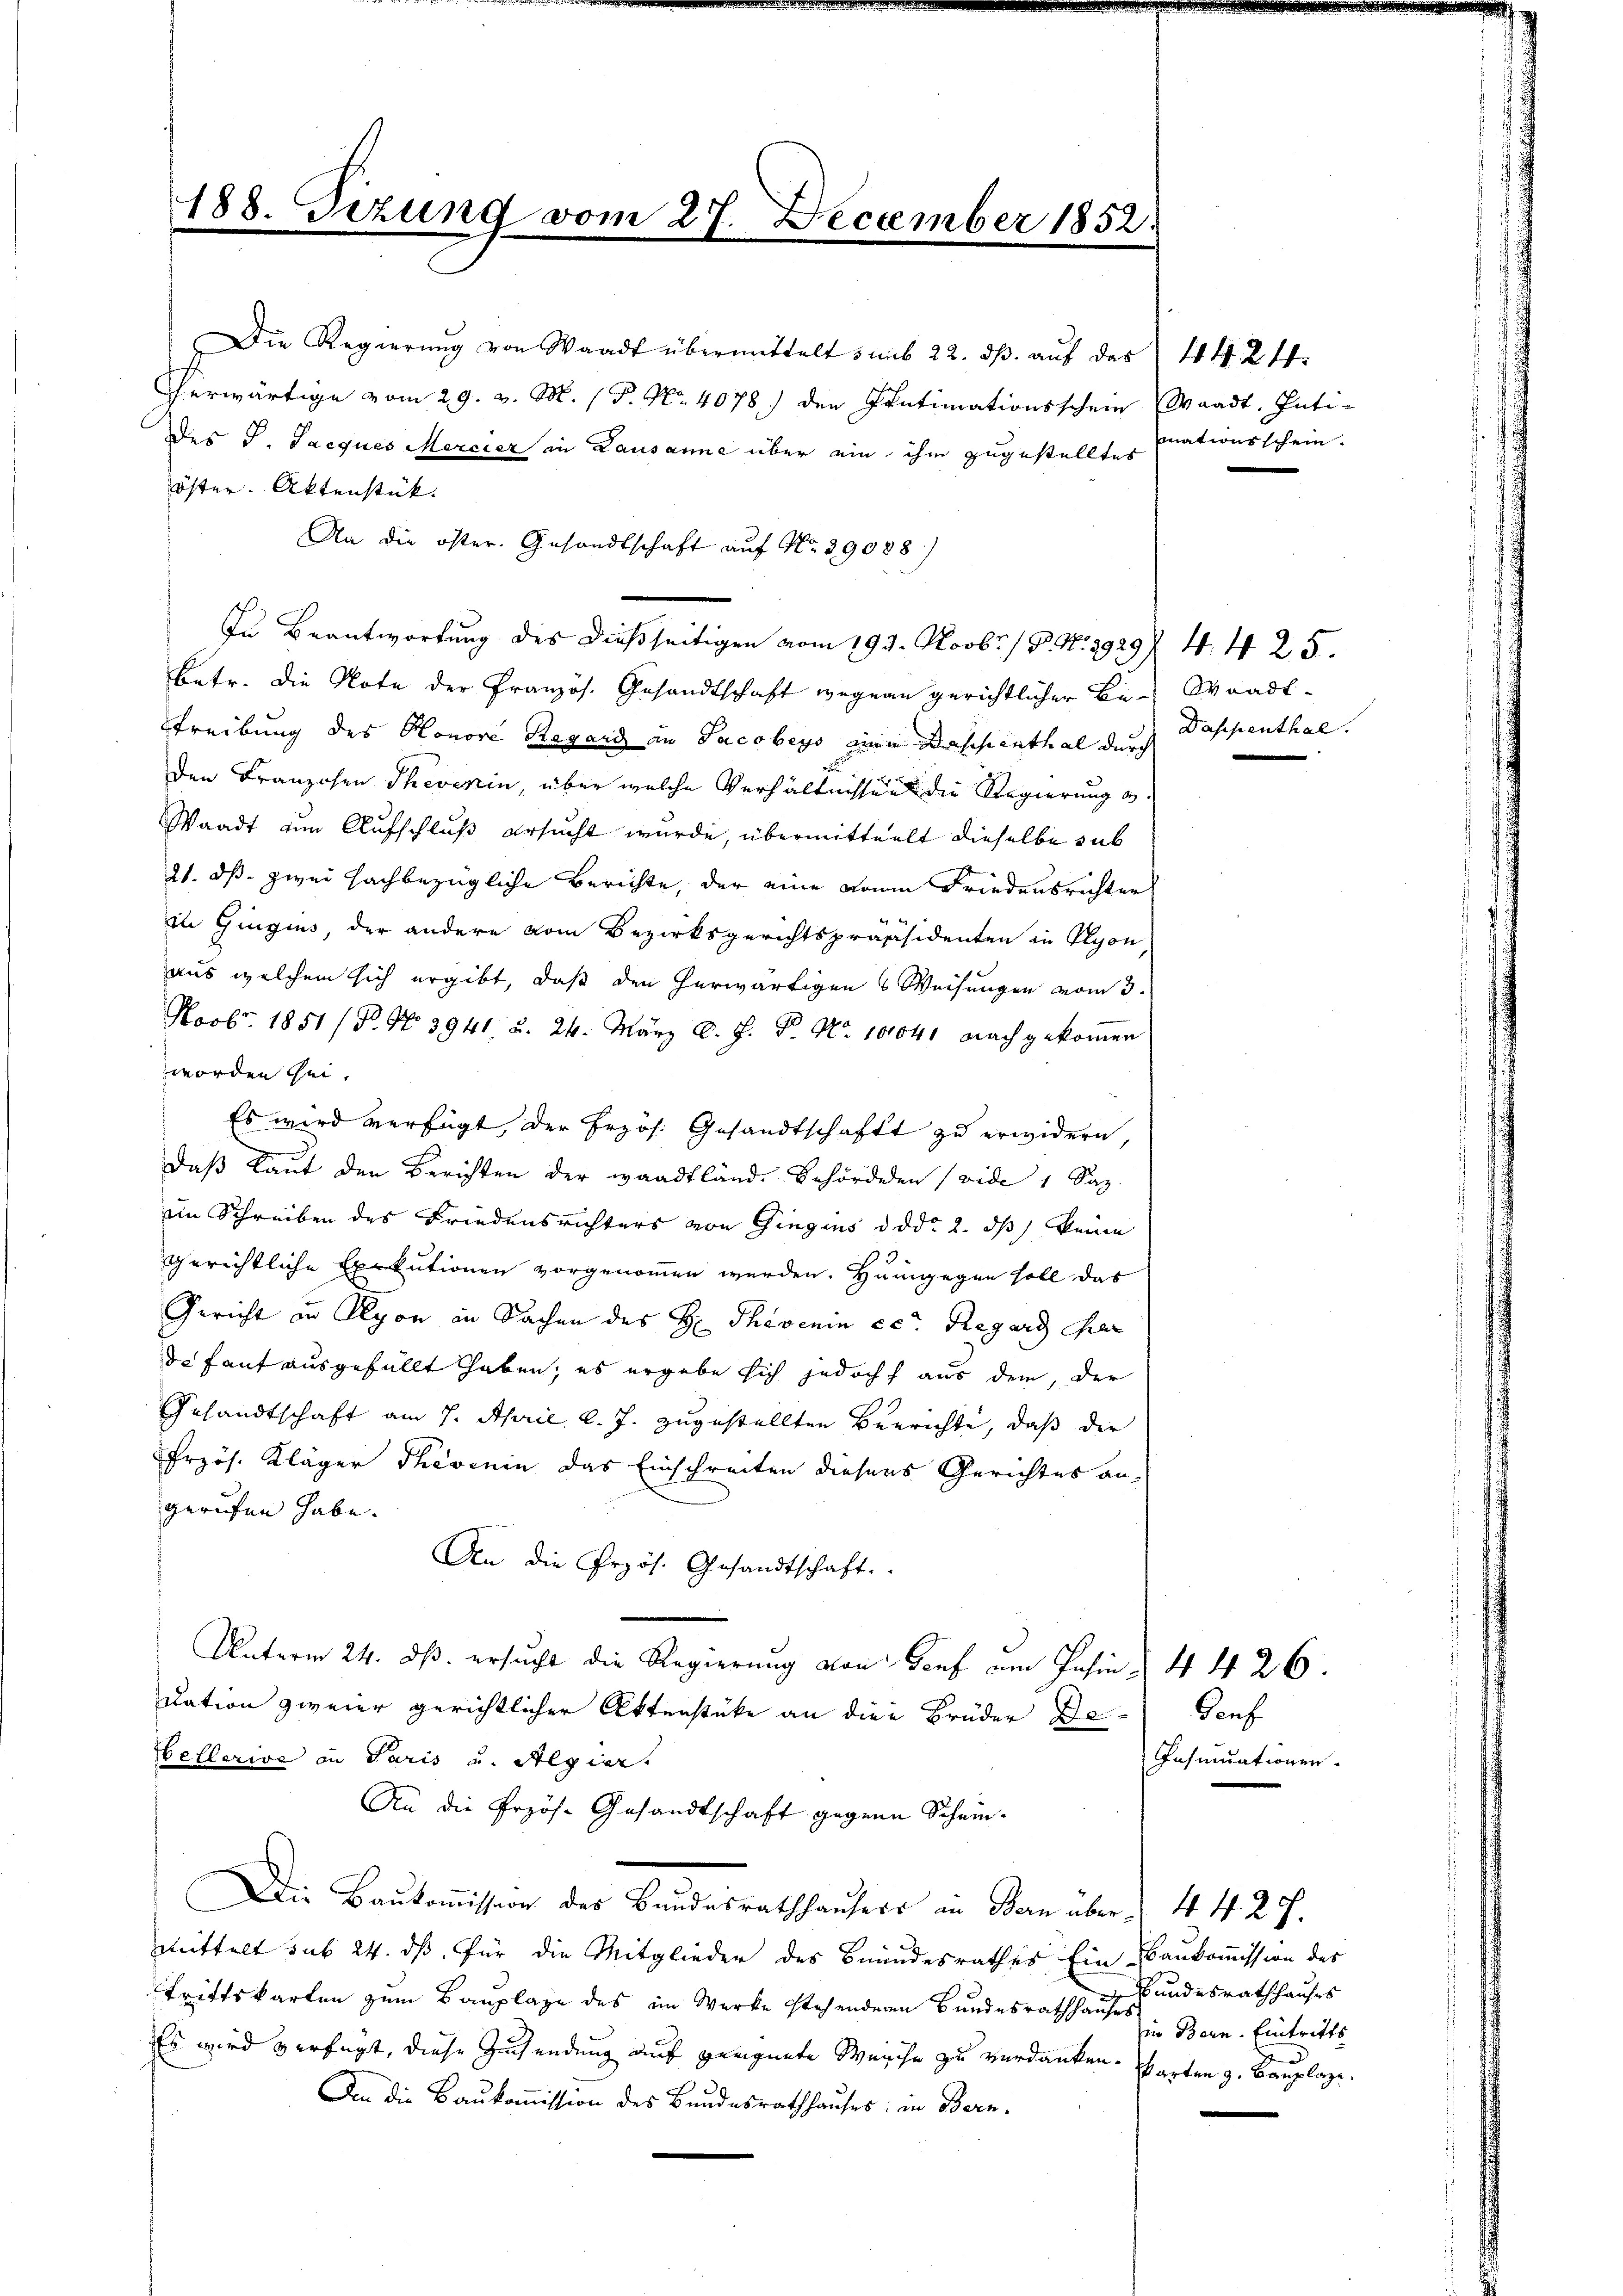
herwärtige vom 29. v. M. ( P. Nr. 4078) den Intimationsschein
des J. Saeques Mercier in Lausanne über ein ihm zugestelltes
öster. Aktenstück.
An die öfter Gesandtschaft auf No 39088)
In Beantwortung des dießseitigen vom 199. Novbr. 18. No. 3929/ 4. 425.
Betr. die Note der Pranzös. Gesandtschaft wegene gerichtlicher Be- Waadt-
Treibung des Honore Ragand an Jacobeys eine Deschenthal durch

den Franzosen Theverin, über welche Verhältnissen die Regierung v.
Waadt zum Aufschluß ersucht wurde, übermittelt dieselbe sub
21. dß. zwei sachbezügliche Berichte, der eine Raum Friedensrichter
in Gingius, der andere vom Bezirksgerichtspräsidenten in Olyon
aus welchem sich ergibt, daß den herwärtigen 6 Weisungen vom 3.
Novbr. 1851 /Pr. No 3941, u. 24. März l. J. P. Nr. 101041 nach gekommen
worden sei.
Es wird verfügt, der Erzös. Gesandtschafft zu erwidern,
daß laut den Berichten der Waadtländ. Behörden seide 1 Saz.
im Schreiben des Friedensrichters von Gingins d.d. 2. ds keine
gerichtliche Exekutionen vorgenommen werden. Hungegen soll das
Gericht in Olyon in Sachen des H. Thovenin eer Regard der
de faut ausgefüllt haben; es ergebe sich jedoch aus dem, der
Gesandtschaft am 7. April l. J. zugestellten Berrichte, daß der
Przös. Kläger Theverin das Einschreiten diesers Gerichtes an-
gerufen habe.
An die Przös. Gesandtschaft.
Unterm 24. ds. ersucht die Regierung von Genf am Jahin & 4 426.
dation zweier gerichtlicher Aktenstücke an die Brüder De¬
Hellerive in Paris u. Algier
An die Przös. Gesandtschaft gegene Schein¬
Die Baŭkoṁission des Bundesrathhaŭsers an Bern über 442 f.
mittelt sub 24. dß. für die Mitglieder des Bundesrathes Ein Baukommission des
trittskarten zum Bauplage des im Werke stehenderen Bundesrathhauses andesrathhauses
Es wird verfügt, diese Zusendung auf geeignete Weiche zu verdanken. Warten z. Bauplage.
An die Baukommission des Bundesrathhauses in Bern.

188. Tizung vom 27. December 1852.

Die Regierung von Waadt übermittelt s mit 22. ds. auf das

144. 24.
Waadt, Intimationsschein.

Daspenthal.

Genf
Insinuationen.

i Bern. Eintritts